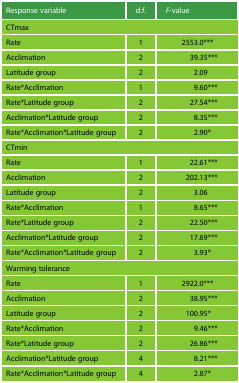
| Response variable | d.f. | F-value |
 | --- | --- | --- |
 | <COLSPAN=3> CTmax |
 | Rate | 1 | 2553.0*** |
 | Acclimation | 2 | 39.35*** |
 | Latitude group | 2 | 2.09 |
 | Rate*Acclimation | 1 | 9.60*** |
 | Rate*Latitude group | 2 | 27.54*** |
 | Acclimation*Latitude group | 2 | 8.35*** |
 | Rate*Acclimation*Latitude group | 2 | 2.90* |
 | <COLSPAN=3> CTmin |
 | Rate | 1 | 22.61*** |
 | Acclimation | 2 | 202.13*** |
 | Latitude group | 2 | 3.06 |
 | Rate*Acclimation | 1 | 8.65*** |
 | Rate*Latitude group | 2 | 22.50*** |
 | Acclimation*Latitude group | 2 | 17.69*** |
 | Rate*Acclimation*Latitude group | 2 | 3.93* |
 | <COLSPAN=3> Warming tolerance |
 | Rate | 1 | 2922.0*** |
 | Acclimation | 2 | 38.95*** |
 | Latitude group | 2 | 100.95* |
 | Rate*Acclimation | 2 | 9.46*** |
 | Rate*Latitude group | 2 | 26.86*** |
 | Acclimation*Latitude group | 4 | 8.21*** |
 | Rate*Acclimation*Latitude group | 4 | 2.87* |